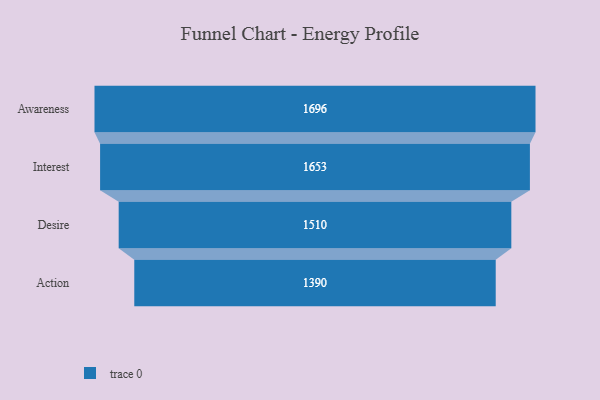
{"axis": {"x": "Stage", "y": "Value"}, "legend": [""], "data": [{"x": "Awareness", "y": 1696.0, "type": ""}, {"x": "Interest", "y": 1653.0, "type": ""}, {"x": "Desire", "y": 1510.0, "type": ""}, {"x": "Action", "y": 1390.0, "type": ""}]}